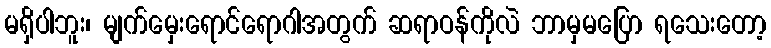
မရှိပါဘူး၊ မျက်မှေးရောင်ရောဂါအတွက် ဆရာဝန်ကိုလဲ ဘာမှမပြော ရသေးတော့